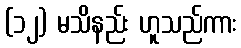
(၁၂) မသိနည်း ဟူသည်ကား